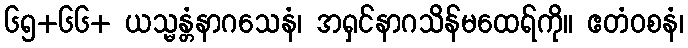
၆၅+၆၆+ ယသ္မန္တံနာဂသေနံ၊ အရှင်နာဂသိန်မထေရ်ကို။ ဧတံဝစနံ၊